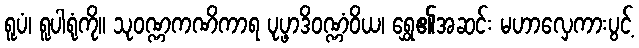
ရူပံ၊ ရူပါရုံကို။ သုဝဏ္ဏကဏိကာရ ပုပ္ဖာဒိဝဏ္ဏံဝိယ၊ ရွှေ၏အဆင်း မဟာလှေကားပွင့်